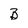
Character: B